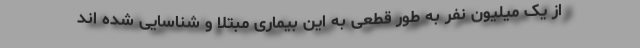
از یک میلیون نفر به طور قطعی به این بیماری مبتلا و شناسایی شده اند